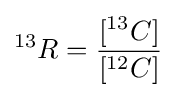
{^{13}R}={\frac {[^{13}C]}{[^{12}C]}}